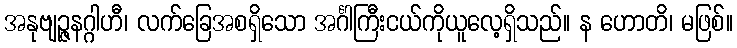
အနုဗျဉ္ဇနဂ္ဂါဟီ၊ လက်ခြေအစရှိသော အင်္ဂါကြီးငယ်ကိုယူလေ့ရှိသည်။ န ဟောတိ၊ မဖြစ်။